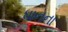
ધાનના